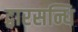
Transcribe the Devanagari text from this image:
द्वारसन्धि